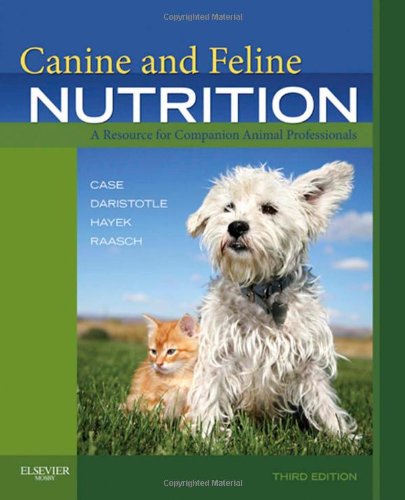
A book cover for Canine and Feline Nutrition: A Resource for Companion Animal Professionals, 3e; Linda P. Case; Crafts, Hobbies & Home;